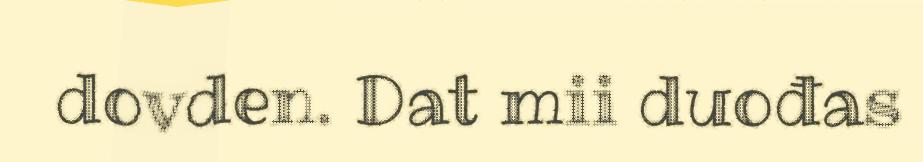
dovden. Dat mii duođas